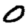
Digit: 0